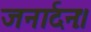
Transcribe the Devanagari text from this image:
जनार्दनः।